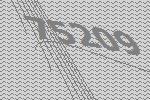
75209